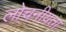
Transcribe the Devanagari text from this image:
लोचनीयता